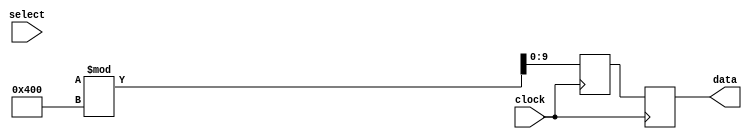
/*
    ad9201_model.v
    Simulation model of AD9201 ADC
    
    Copyright 2022 Hiryuu T., Lyskamm Manufacturing

    Licensed under the Apache License, Version 2.0 (the "License");
    you may not use this file except in compliance with the License.
    You may obtain a copy of the License at

        http://www.apache.org/licenses/LICENSE-2.0

    Unless required by applicable law or agreed to in writing, software
    distributed under the License is distributed on an "AS IS" BASIS,
    WITHOUT WARRANTIES OR CONDITIONS OF ANY KIND, either express or implied.
    See the License for the specific language governing permissions and
    limitations under the License.
*/
`timescale 1ns/100ps

module ad9201_model(
    input  wire       clock,
    output reg  [9:0] data,
    input  wire       select
);

    // Operation delay
    localparam T_OD = 11;       // Output delay
    localparam T_MD = 7;        // Mux delay

    // Data
    reg [9:0] ch_i_data, ch_q_data;    // Analog value
    reg       ch_last;
    
    initial begin
        ch_i_data = 10'd0;
        ch_q_data = 10'd0;
        ch_last   = 1'b0;
    end

    always @(posedge clock) begin
        ch_i_data <= {$random} % 1024;
        ch_q_data <= {$random} % 1024;

        if(ch_last == select) begin
            if(select)
                #T_OD data = ch_i_data;
            else
                #T_OD data = ch_q_data;
        end
        else begin
            if(select)
                #T_MD data = ch_i_data;
            else
                #T_MD data = ch_q_data;
        end
    end    
endmodule